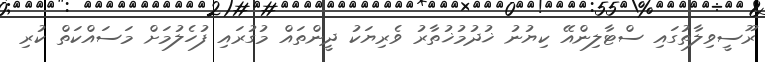
ރޫސީވިލާތުގައި ސްޓާލިންއޭ ކިޔުނު ޚުދުމުޚުތާރު ވެރިޔަކު ދީންތައް މުގުރައި ފުހެލުމަށް މަސައްކަތް ކުރި